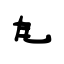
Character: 勼